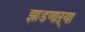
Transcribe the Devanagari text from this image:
झाडणाऱ्या